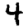
Digit: 4